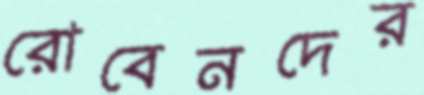
রোবেনদের